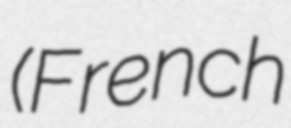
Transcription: (French